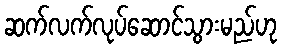
ဆက်လက်လုပ်ဆောင်သွားမည်ဟု